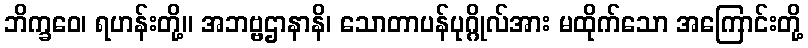
ဘိက္ခဝေ၊ ရဟန်းတို့။ အဘဗ္ဗဌာနာနိ၊ သောတာပန်ပုဂ္ဂိုလ်အား မထိုက်သော အကြောင်းတို့